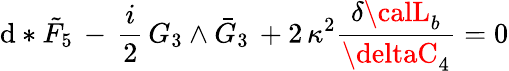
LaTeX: \mathrm{d}*\tilde{{F}}_{5}\, -\, \frac{{i}}{{2}}\, G_{3}\wedge\bar{{G}}_{3}\, +2\, \kappa^{2}\frac{{\delta{\calL}_{b}}}{{\deltaC_{4}}}=0